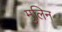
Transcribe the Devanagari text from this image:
मुलिन